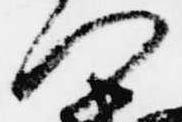
門